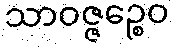
သာဝဇ္ဇဉ္စေဝ